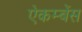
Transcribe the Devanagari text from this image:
ऐकम्बेंस